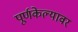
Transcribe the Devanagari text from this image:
पूर्णकेल्यावर